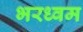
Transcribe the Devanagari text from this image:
भरध्वम